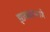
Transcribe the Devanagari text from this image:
झाकणाप्रमाणे